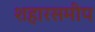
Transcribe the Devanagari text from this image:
शहारसमीप